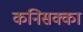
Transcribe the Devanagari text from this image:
कनिसक्का